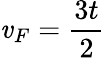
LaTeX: \mathit{v}_{F}=\frac{{3t}}{{2}}